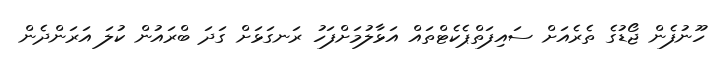
ހޫނުފެން ޖޯޑުގެ ތެރެއަށް ސައިފަތްޕެކެޓްތައް އަޅާލުމަށްފަހު ރަނގަޅަށް ގަދަ ބްރައުން ކުލަ އަރަންދެން